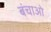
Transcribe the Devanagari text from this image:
बंचाओ